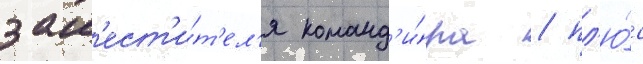
зам'ест'и́т'ел'я команд'и́ра / пл'ю́с